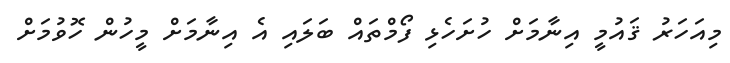
މިއަހަރު ޤައުމީ އިނާމަށް ހުށަހެޅި ފޯމްތައް ބަލައި އެ އިނާމަށް މީހުން ހޮވުމަށް